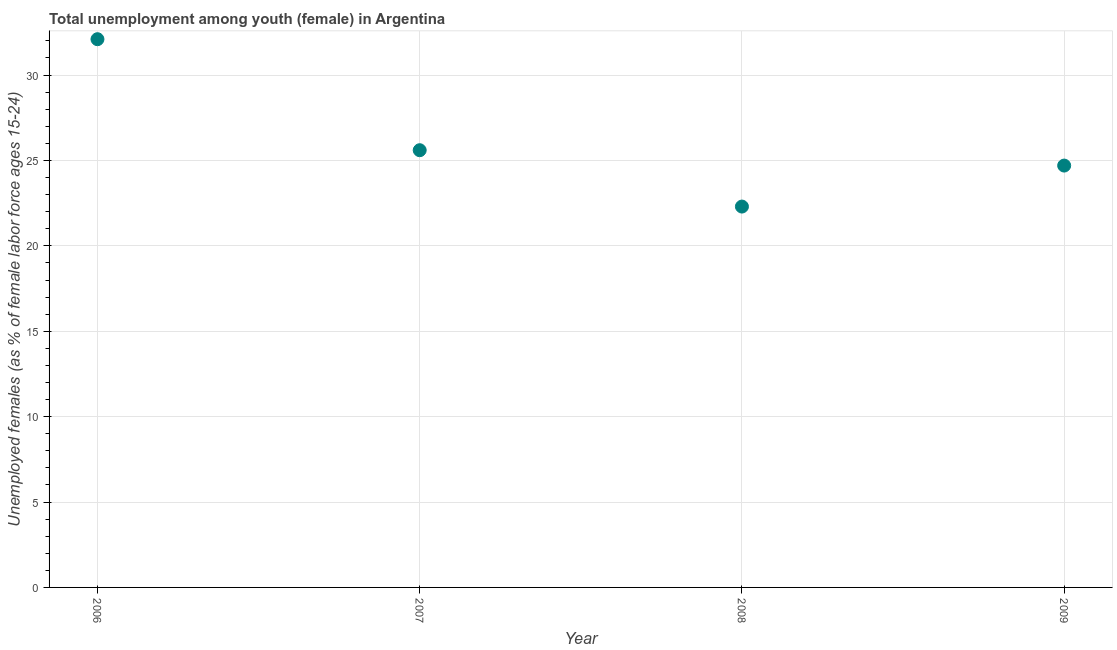
| Year | Unemployment |
 | --- | --- |
 | 2006 | 32.1 |
 | 2007 | 25.6 |
 | 2008 | 22.3 |
 | 2009 | 24.7 |